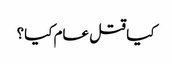
کیا قتل عام کیا؟